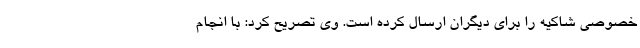
خصوصی شاکیه را برای دیگران ارسال کرده است. وی تصریح کرد: با انجام